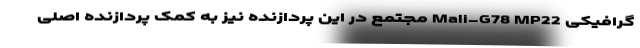
گرافیکی Mali-G78 MP22 مجتمع در این پردازنده نیز به کمک پردازنده اصلی